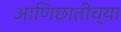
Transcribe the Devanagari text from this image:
आणिछातीच्या